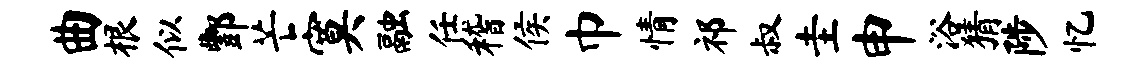
曲根似酆芒寞融任稽侯巾情祁叔圭申浴猜陟忆